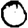
Digit: 0